Code of medical and sanitary regulations for the guidance of medical officers serving in the Madras Presidency - Volume I
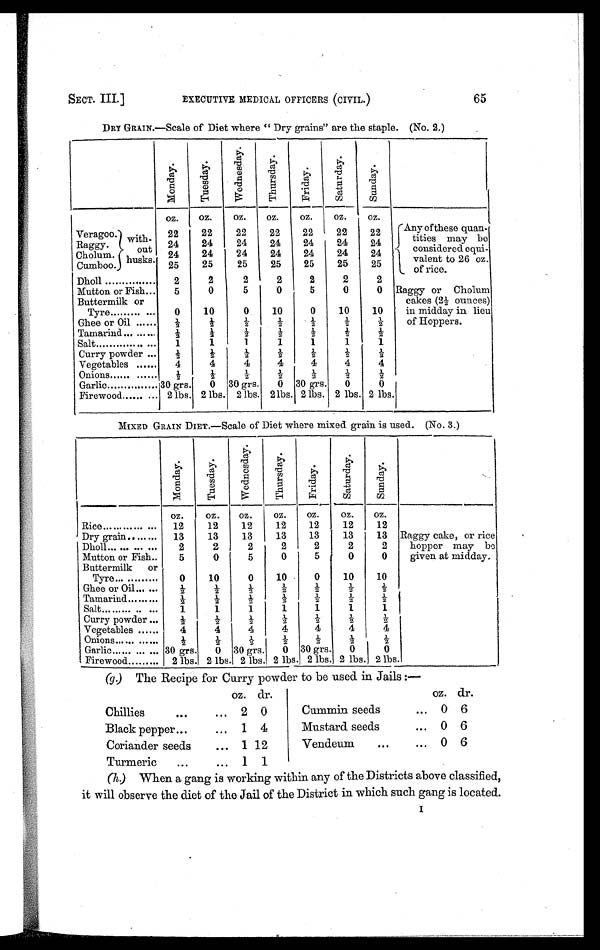
SECT. III.]
EXECUTIVE MEDICAL OFFICERS (CIVIL.)
65
DRY GRAIN.—Scale of Diet where " Dry grains" are the staple. (No. 2.)
M o n d a y .
T u e s d a y .
W e d n e s d a y .
T h u r s d a y .
F r i d a y .
S a t u r d a y .
S u n d a y .
oz.
oz.
oz.
oz.
oz.
oz.
oz.
Veragoo.
Raggy.
Cholum.
Cumboo
with-
out
husks.
22
22
22
22
22
22
22
Any of these quan
-
tities may be
c o n s i d e r e d e q u i -
valent to 26 oz.
of rice.
24
24
24
24
24
24
24
24
24
24
24
24
24
24
25
25
25
25
25
25
25
Dholl
2
2
2
2
2
2
2
Mutton or Fish
5
0
5
0
5
0
0 Raggy or Cholum
cakes (2½ ounces)
in midday in lieu
of Hoppers.
Buttermilk or
Tyre
0
10
0
10
0
10
10
Ghee or Oil ......
½
½ ½
½
½
½
½
Tamarind.........
½
½ ½
½
½
½
½
Salt
.
1
1
1
1
1
1
1
Curry powder ...
½
½ ½
½
½
½
½
Vegetables ......
4
4
4
4
4
4
4
Onions
½
½ ½
½
½
½
½
Garlic
30 grs.
0
30 grs.
0 30 grs.
0
0
Firewood......
2 lbs. 2 lbs. 2 lbs. 2 lbs. 2 lbs. 2 lbs. 2 lbs.
MIXED GRAIN DIET. —Scale of Diet where mixed grain is used. (No. 3.)
M o n d a y .
T u e s d a y .
W e d n e s d a y .
T h u r s d a y .
F r i d a y .
S a t u r d a y .
S u n d a y .
oz.
o z .
oz.
oz.
oz.
oz.
oz.
Rice
12
12
12
12
12
12
12
Raggy cake, or rice
hopper may be
given at midday.
Dry grain
13
13
13
13
13
13
13
Dholl... ... ...
2
2
2
2
2
2
2
Mutton or Fish
5
0
5
0
5
0
0
Buttermilk or
Tyre
0
10
0
10
0
10
10
Ghee or Oil...
½
½
½
½
½
½
½
Tamarind
½
½
½
½
½
½
½
Salt ......... ..
1
1
1
1
1
1
1
Curry powder
½
½
½
½
½
½
½
Vegetables
4
4
4
4
4
4
4
Onions.--
½
½
½
½
½
½
½
Garlic ...
30 grs.
0 30 grs.
0 30 grs.
0
0
Firewood
2 lbs. 2 lbs. 2 lbs. 2 lbs. 2 lbs. 2 lbs. 2 lbs.
(g.) The Recipe for Curry powder to be used in Jails :—
oz. dr.
oz. dr.
Chillies . . .
. . . 2 0
Cummin seeds
... 0 6
Black pepper...
... 1 4
Mustard seeds
... 0 6
Coriander seeds
. . . 1 12
Vendeum
...
... 0 6
Turmeric
...
. . . 1 1
(h.) When a gang is working within any of the Districts above classified,
it will observe the diet of the Jail of the District in which such gang is located. I